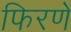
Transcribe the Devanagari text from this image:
फिरणें